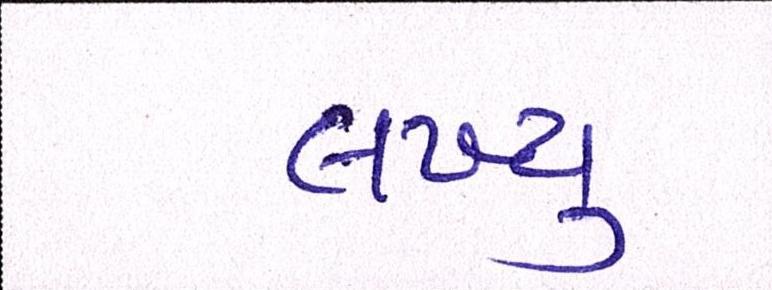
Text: લખ્યુ